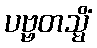
ပဗ္ဗတသ္မိံ